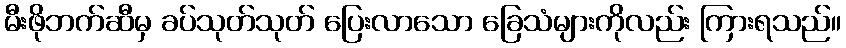
မီးဖိုဘက်ဆီမှ ခပ်သုတ်သုတ် ပြေးလာသော ခြေသံများကိုလည်း ကြားရသည်။